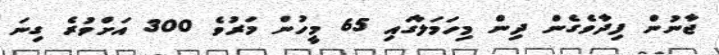
ޖާނުން ފިދާވެގެން ދިން މިހަމަލާގައި 65 މީހުން މަރުވެ 300 އަށްވުރެ ގިނަ